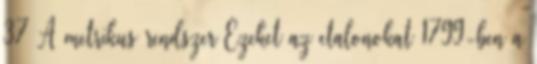
37 A metrikus rendszer Ezeket az etalonokat 1799-ben a